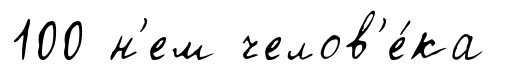
100 н'ем челов'е́ка